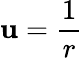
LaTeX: \mathbf{u}={\frac{{1}}{{r}}}